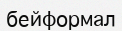
бейформал